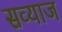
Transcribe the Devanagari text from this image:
सव्याज